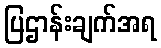
ပြဌာန်းချက်အရ